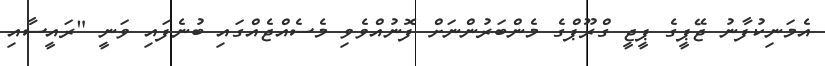
އެމަނިކުފާނު ޖޭޕީގެ ޕީޖީ ގްރޫޕްގެ މެންބަރުންނަށް ފޮނުއްވެވި މެސެއްޖެއްގައި ބުނެފައި ވަނީ "ރައީސާއި